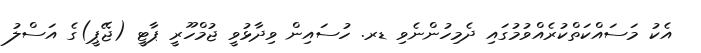
އެކު މަސައްކަތްކުރެއްވުމުގައި ދެމިހުންނެވި ޑރ. ހުސައިން ވިދާޅުވީ ޖުމްހޫރީ ޕާޓީ (ޖޭޕީ)ގެ އަސްލު